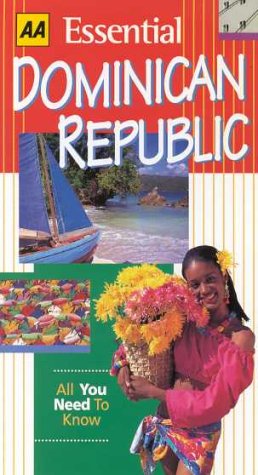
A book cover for Essential Dominican Republic (AA Essential); Lee Karen Stow; Travel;